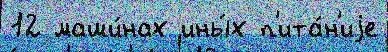
12 маши́нах ины́х п'ита́н'иjе